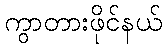
ကွာတားဖိုင်နယ်